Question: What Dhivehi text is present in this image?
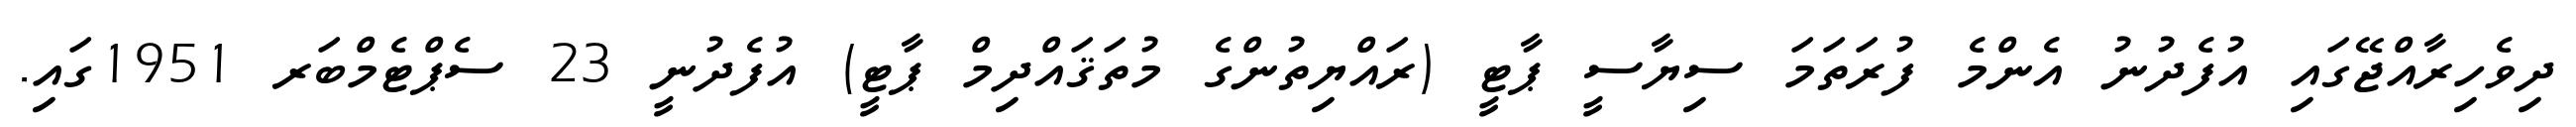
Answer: ދިވެހިރާއްޖޭގައި އުފެދުނު އެންމެ ފުރަތަމަ ސިޔާސީ ޕާޓީ (ރައްޔިތުންގެ މުތަޤައްދިމް ޕާޓީ) އުފެދުނީ 23 ސެޕްޓެމްބަރ 1951ގައި.